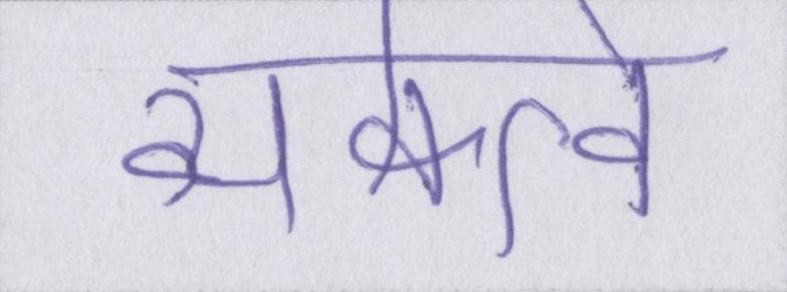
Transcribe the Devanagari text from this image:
व्यक्त्वि